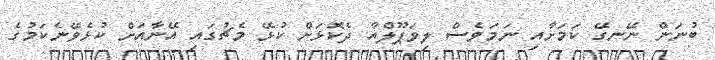
ބުނަން ނޭނގޭ ކަމަށާއި ނަމަވެސް ލިވަޕޫލްއާ ދެކޮޅަށް ކުޅޭ މެޗުގައި އޭނާއަށް ކުޅެވޭނެކަމުގެ